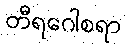
တီရဂေါစရာ